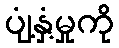
ပျံ့နှံ့မှုကို